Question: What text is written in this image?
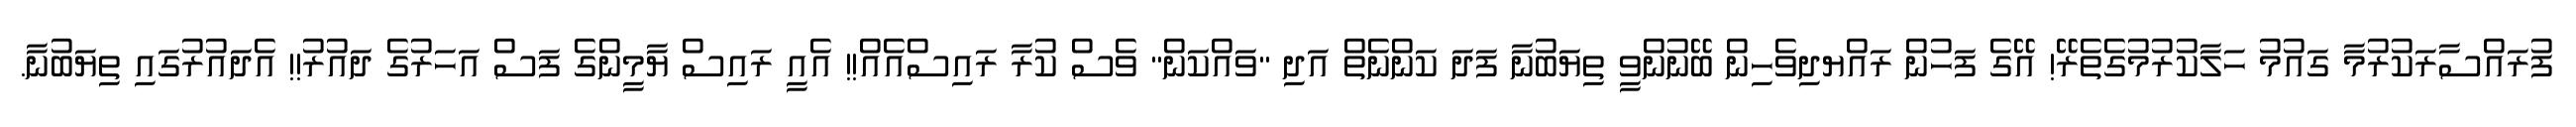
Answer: ފުރައްސާރަކުރުމާ ގައުމު ހަލާކުރުމުގެތެރޭ! އޭގެ ފަހުން ރައްޔދިވެހިން ބޭނުންވީ ތިޔަބުނާ ފަދަ ކަންނެތް އަދި "ވައްކަން" ވެސް ކުރާ ރައިސްއެއް!! އެއީ ރައިސް ޔާމީންގެ ފަސް އަހަރުގެ ދައުރު!! އެދައުރުގައި ތިޔަބުނާ.